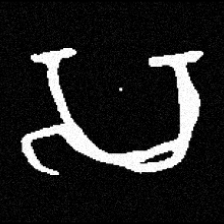
Pyu character \u2014 Myanmar letter: သ (romanized: sa)